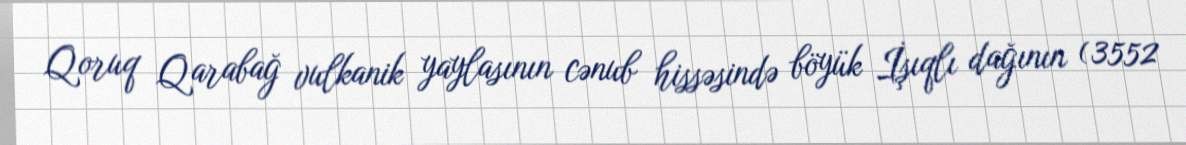
Qoruq Qarabağ vulkanik yaylasının cənub hissəsində böyük İşıqlı dağının (3552